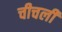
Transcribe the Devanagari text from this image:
चीचली